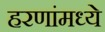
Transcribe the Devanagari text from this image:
हरणांमध्ये